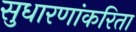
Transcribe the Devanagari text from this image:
सुधारणांकरिता